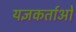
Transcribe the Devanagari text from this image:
यज्ञकर्ताओं